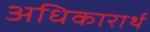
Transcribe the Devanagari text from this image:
अधिकारार्थ